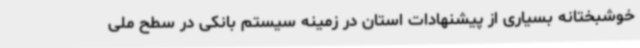
خوشبختانه بسیاری از پیشنهادات استان در زمینه سیستم بانکی در سطح ملی